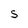
Character: S